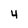
Character: 4